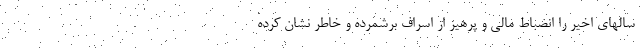
سالهاي اخير را انضباط مالي و پرهيز از اسراف برشمرده و خاطر نشان کرده